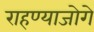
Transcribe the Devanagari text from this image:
राहण्याजोगे